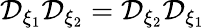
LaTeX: \mathcal{D}_{\xi_{1}}\mathcal{D}_{\xi_{2}}=\mathcal{D}_{\xi_{2}}\mathcal{D}_{\xi_{1}}